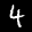
Label: 4